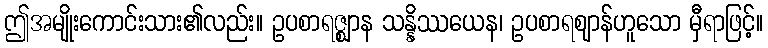
ဤအမျိုးကောင်းသား၏လည်း။ ဥပစာရဇ္ဈာန သန္နိဿယေန၊ ဥပစာရဈာန်ဟူသော မှီရာဖြင့်။